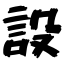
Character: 設